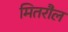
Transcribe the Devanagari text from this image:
मितरौल